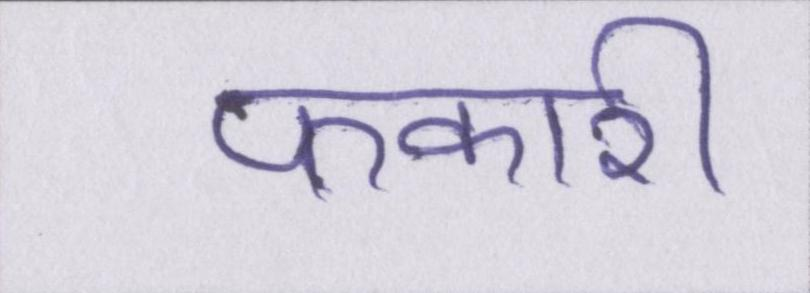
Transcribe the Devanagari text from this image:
फकीरी